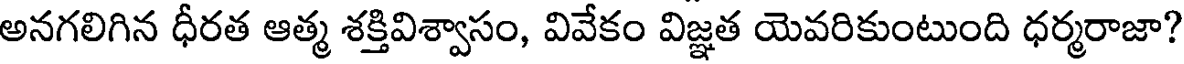
అనగలిగిన ధీరత ఆత్మ శక్తివిశ్వాసం, వివేకం విజ్ఞత యెవరికుంటుంది ధర్మరాజా?